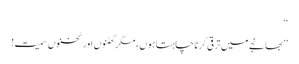
‘‘
’’بھانجے میں ترقی کرنا چاہتا ہوں ، مگر گھٹنوں اور ٹخنوں سمیت!